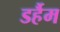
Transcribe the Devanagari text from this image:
डर्हैम